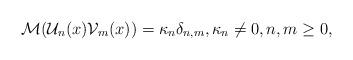
LaTeX: \begin{align*}\mathcal{M}(\mathcal{U}_n(x)\mathcal{V}_m(x))=\kappa_n\delta_{n,m}, \kappa_n \neq 0, n,m \geq 0,\end{align*}